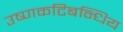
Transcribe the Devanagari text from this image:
उष्णकटिबन्धिय